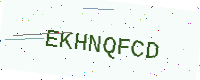
Text: EKHNQFCD